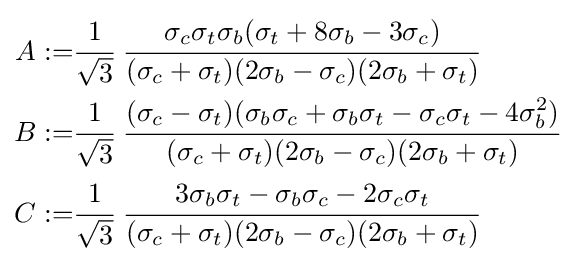
{\begin{aligned}A:=&{\cfrac {1}{\sqrt {3}}}~{\cfrac {\sigma _{c}\sigma _{t}\sigma _{b}(\sigma _{t}+8\sigma _{b}-3\sigma _{c})}{(\sigma _{c}+\sigma _{t})(2\sigma _{b}-\sigma _{c})(2\sigma _{b}+\sigma _{t})}}\\B:=&{\cfrac {1}{\sqrt {3}}}~{\cfrac {(\sigma _{c}-\sigma _{t})(\sigma _{b}\sigma _{c}+\sigma _{b}\sigma _{t}-\sigma _{c}\sigma _{t}-4\sigma _{b}^{2})}{(\sigma _{c}+\sigma _{t})(2\sigma _{b}-\sigma _{c})(2\sigma _{b}+\sigma _{t})}}\\C:=&{\cfrac {1}{\sqrt {3}}}~{\cfrac {3\sigma _{b}\sigma _{t}-\sigma _{b}\sigma _{c}-2\sigma _{c}\sigma _{t}}{(\sigma _{c}+\sigma _{t})(2\sigma _{b}-\sigma _{c})(2\sigma _{b}+\sigma _{t})}}\end{aligned}}